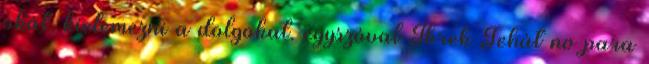
okát, kielemezni a dolgokat. egyszóval Ikrek Tehát no para